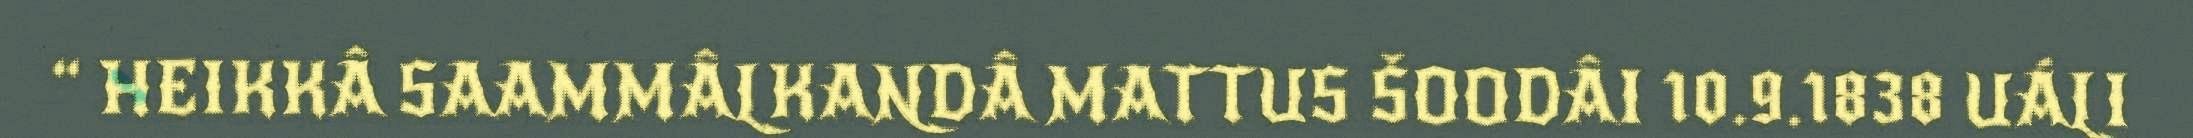
“ HEIKKÂ SAAMMÂLKANDÂ MATTUS ŠOODÂI 10.9.1838 UÁLI